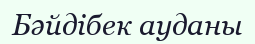
Бәйдібек ауданы